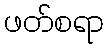
ဖတ်စရာ